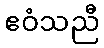
ဧဝံသညီ